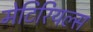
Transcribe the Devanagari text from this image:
मेटिरियल्स